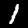
Label: 1